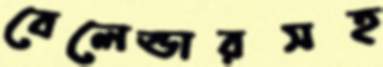
বেলেন্ডারসহ